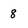
Character: 8